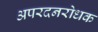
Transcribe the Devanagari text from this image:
अपरदनरोधक